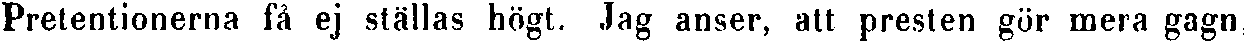
Pretentionerna få ej ställas högt. Jag anser, att presten gör mera gagn